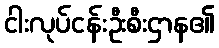
ငါးလုပ်ငန်းဦးစီးဌာန၏